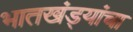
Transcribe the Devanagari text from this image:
भातखंड्यांचा